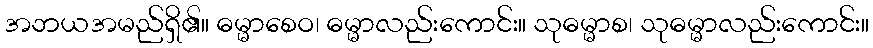
အဘယအမည်ရှိ၏။ ဓမ္မာစေဝ၊ ဓမ္မာလည်းကောင်း။ သုဓမ္မာစ၊ သုဓမ္မာလည်းကောင်း။